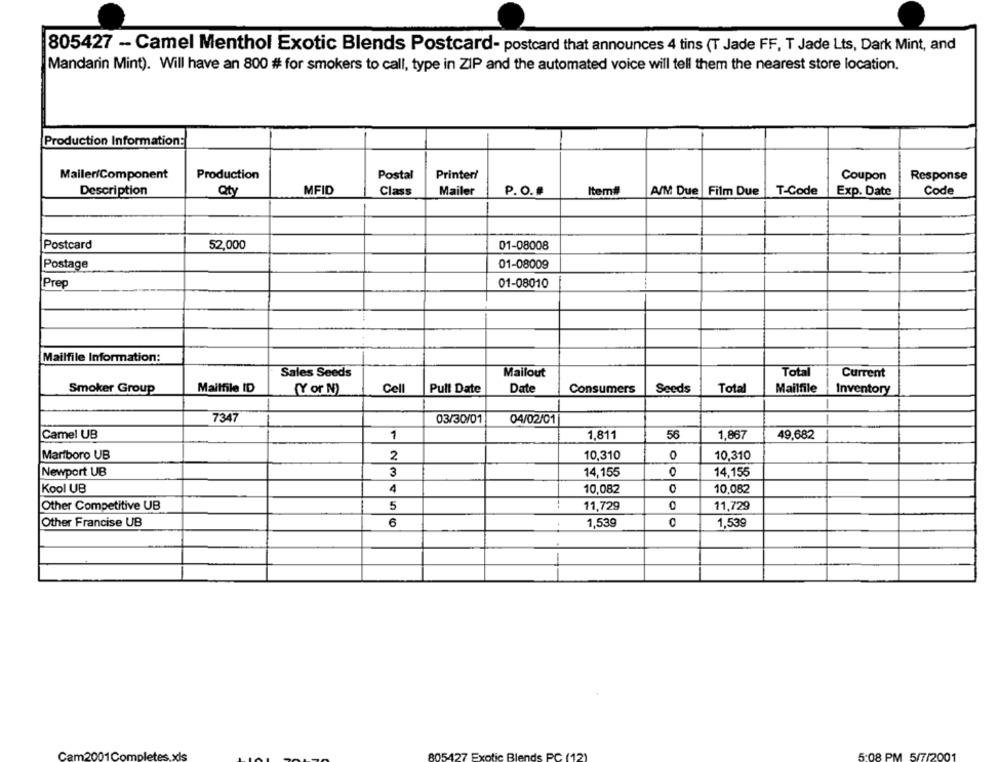
805427 - Camel Menthol Exotic Blends Postcard- postcard that announces 4 tins (T Jade FF, T Jade Lts, Dark Mint, and
Mandarin Mint). Will have an 800 # for smokers to call, type in ZIP and the automated voice will tell them the nearest store location.
Production Information:
Mailer/Component
Production
Postal
Printer/
Coupon
Response
Description
MFID
Mailer
T-Code
Code
Qty
Class
P. O.
Item#
A/M Due Film Due
Exp. Date
Postcard
52,000
01-08008
Postage
01-08009
01-08010
Prep
Mailfile Information:
Sales Seeds
Mailout
Total
Current
Smoker Group
Mailfile ID
Cel
Pull Date
Date
Total
Mailfile
Inventory
(Y or N)
Consumers
Seeds
7347
03/30/01
04/02/01
Camel UB
1,811
56
1,867
49.682
1
Marlboro UB
2
10,310
0
10,310
Newport UB
3
14,155
0
14,155
Kool UB
4
10,082
0
10,082
Other Competitive UB
5
11,729
11,729
Other Francise UB
6
1,539
00
1,539
--
Ca
15427 Exotic Blends PC (12)
5:08 PM 5/7/2